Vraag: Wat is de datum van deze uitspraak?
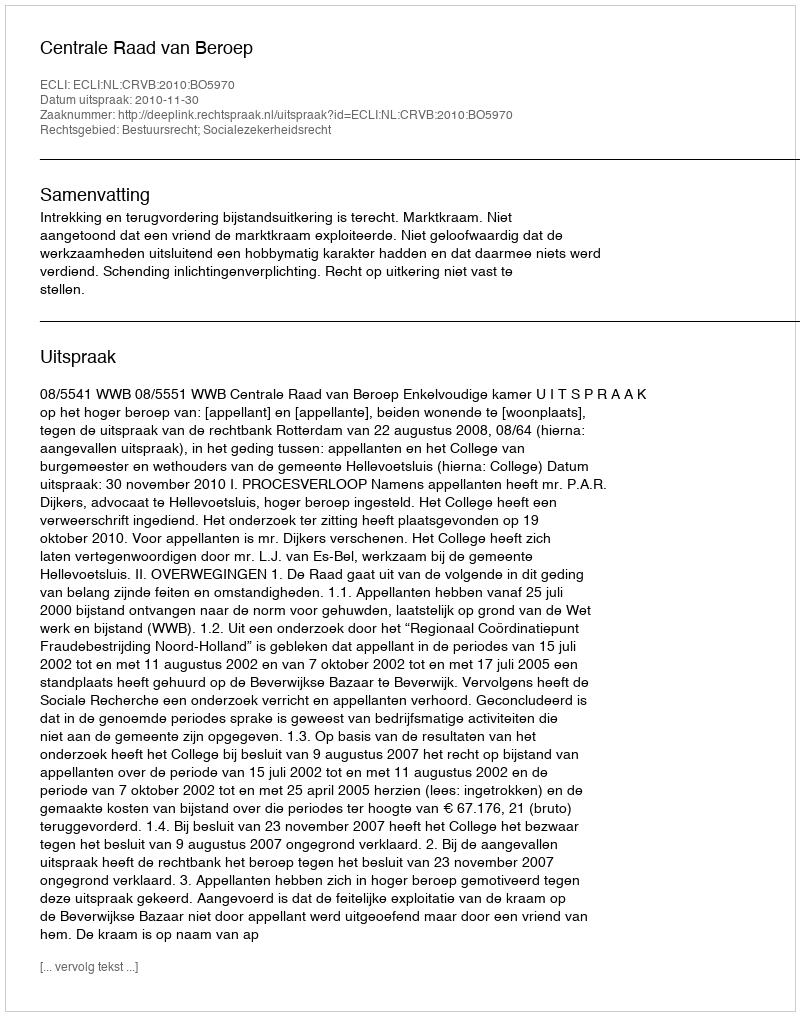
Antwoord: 2010-11-30